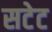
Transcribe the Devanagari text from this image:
सटेट